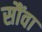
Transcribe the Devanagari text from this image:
सौंवा